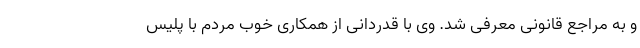
و به مراجع قانونی معرفی شد. وی با قدردانی از همکاری خوب مردم با پلیس